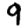
Digit: 9